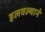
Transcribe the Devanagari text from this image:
हलवल्याने